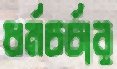
ধর্মচর্চার